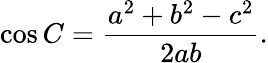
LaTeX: \cos C={\frac{a^{2}+b^{2}-c^{2}}{2ab}}.